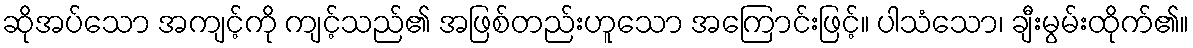
ဆိုအပ်သော အကျင့်ကို ကျင့်သည်၏ အဖြစ်တည်းဟူသော အကြောင်းဖြင့်။ ပါသံသော၊ ချီးမွမ်းထိုက်၏။